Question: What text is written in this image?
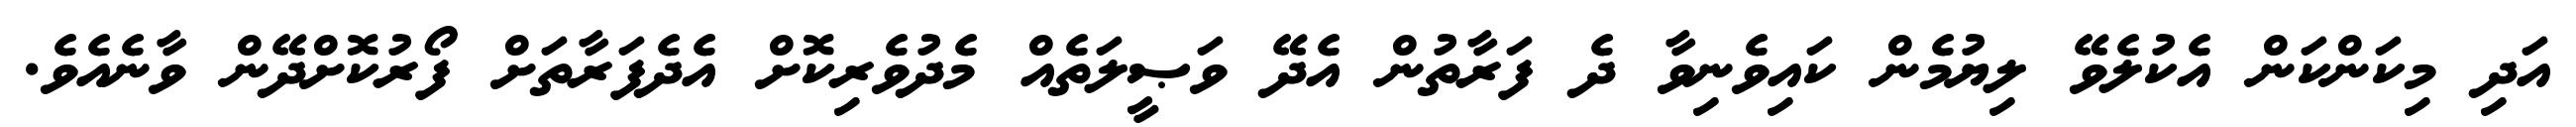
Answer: އަދި މިކަންކަން އެކުލެވޭ ލިޔުމެން ކައިވެނިވާ ދެ ފަރާތުން އެދޭ ވަޞީލަތެއް މެދުވެރިކޮށް އެދެފަރާތަށް ފޯރުކޮށްދޭން ވާނެއެވެ.